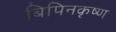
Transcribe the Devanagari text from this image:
बिपिनकृष्ण